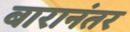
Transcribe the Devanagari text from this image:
बारानंतर